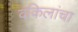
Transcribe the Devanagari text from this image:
वकिलांचा